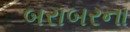
બરાબરના